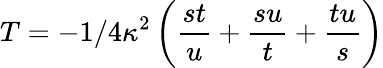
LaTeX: T=-1/4\kappa^{2}\left(\frac{st}{u}+\frac{su}{t}+\frac{tu}{s}\right)